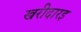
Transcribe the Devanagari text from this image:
खरीदारइ